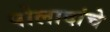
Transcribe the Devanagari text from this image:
पोलादांचे